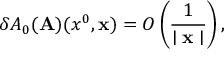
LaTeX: \delta A _ { 0 } ( { \bf A } ) ( x ^ { 0 } , { \bf x } ) = O \left( \frac { 1 } { \mid { \bf x } \mid } \right) ,